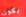
يكون